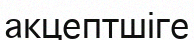
акцептшіге